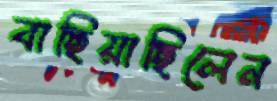
বাছিয়াছিলেন